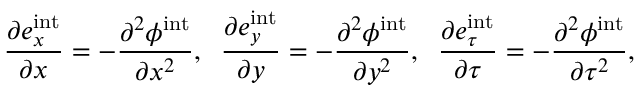
\frac { \partial e _ { x } ^ { \mathrm { i n t } } } { \partial x } = - \frac { \partial ^ { 2 } \phi ^ { \mathrm { i n t } } } { \partial x ^ { 2 } } , \; \; \frac { \partial e _ { y } ^ { \mathrm { i n t } } } { \partial y } = - \frac { \partial ^ { 2 } \phi ^ { \mathrm { i n t } } } { \partial y ^ { 2 } } , \; \; \frac { \partial e _ { \tau } ^ { \mathrm { i n t } } } { \partial \tau } = - \frac { \partial ^ { 2 } \phi ^ { \mathrm { i n t } } } { \partial \tau ^ { 2 } } ,